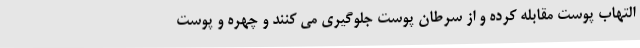
التهاب پوست مقابله کرده و از سرطان پوست جلوگیری می کنند و چهره و پوست